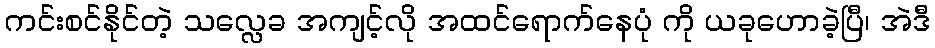
ကင်းစင်နိုင်တဲ့ သလ္လေခ အကျင့်လို အထင်ရောက်နေပုံ ကို ယခုဟောခဲ့ပြီ၊ အဲဒီ